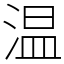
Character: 温